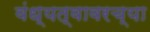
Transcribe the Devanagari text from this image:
वंध्यत्वावरच्या